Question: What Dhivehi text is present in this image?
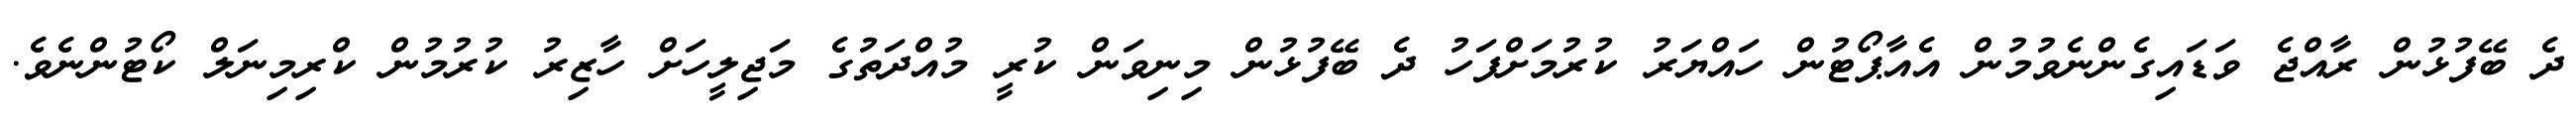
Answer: ދެ ބޭފުޅުން ރާއްޖެ ވަޑައިގެންނެވުމުން އެއާޕޯޓުން ހައްޔަރު ކުރުމަށްފަހު ދެ ބޭފުޅުން މިނިވަން ކުރީ މުއްދަތުގެ މަޖިލީހަށް ހާޒިރު ކުރުމުން ކްރިމިނަލް ކޯޓުންނެވެ.